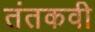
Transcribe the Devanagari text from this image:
तंतकवी